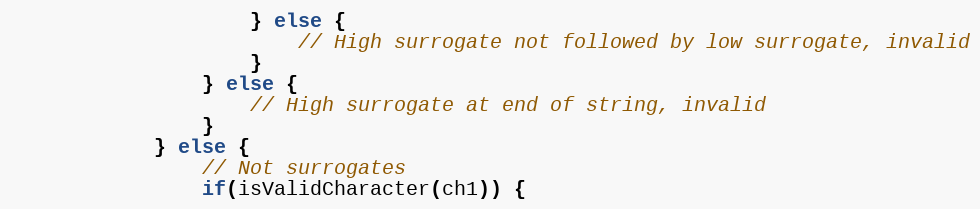
Language: Java
					} else {
						// High surrogate not followed by low surrogate, invalid
					}
				} else {
					// High surrogate at end of string, invalid
				}
			} else {
				// Not surrogates
				if(isValidCharacter(ch1)) {